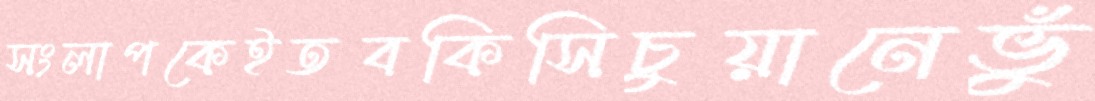
সংলাপকেইতবকিসিচুয়ানেভুঁ